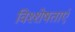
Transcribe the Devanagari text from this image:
विश्शेषताएं